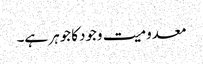
معدومیت وجودکا جوہر ہے۔